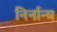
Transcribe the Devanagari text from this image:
निर्नान्य